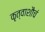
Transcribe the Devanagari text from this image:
कृत्वाशौचं